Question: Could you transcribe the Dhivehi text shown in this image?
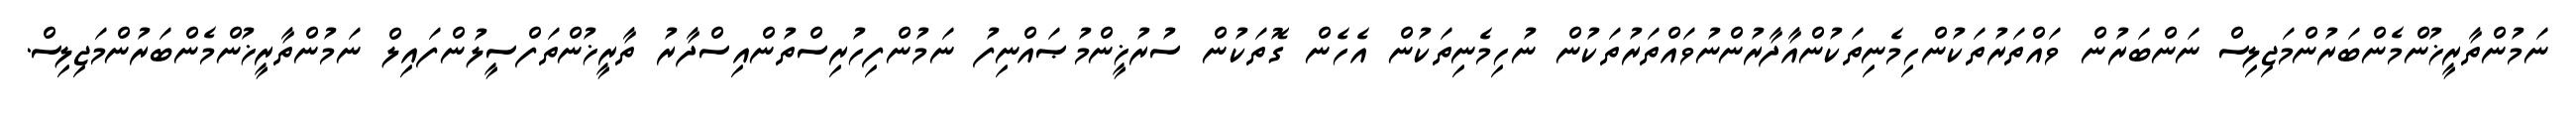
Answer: ނަމުންތާރީޚުންމެންބަރުންމަޖިލިސް ނަންބަރުން ވައްތަރުތަކުންހިމެނިތަކުންއާދާރުންނުވައްތަރުތަކުން ނުހިމެނިތަކުން އެހެން ގޮތަކުން ސުރުޚީންމުޞައްނިފު ނަމުންފިހުރިސްތުންއިސްދާރު ތާރީޚުންތަފްސީލުންފައިލް ނަމުންތާރީޚުންމެންބަރުންމަޖިލިސް.